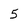
Character: 5